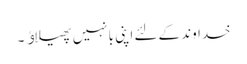
خداوند کےلئے اپنی بانہیں پھیلاﺅ ۔